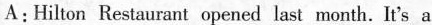
A:Hilton Restaurant opened last month. It's a